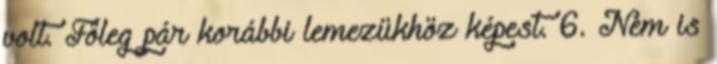
volt. Főleg pár korábbi lemezükhöz képest. 6. Nem is